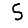
Digit: 5